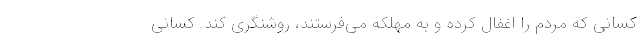
کسانی که مردم را اغفال کرده و به مهلکه می‌فرستند، روشنگری کند. کسانی